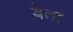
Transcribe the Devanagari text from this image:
बेतां